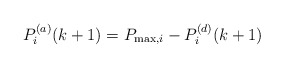
\begin{align*}P^{(a)}_{i}(k+1)&=P_{\max,i} - P^{(d)}_{i}(k+1) \\\end{align*}